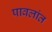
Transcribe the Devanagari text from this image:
पावलांत